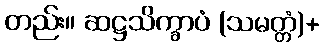
တည်း။ ဆဋ္ဌသိက္ခာပံ (သမတ္တံ)+